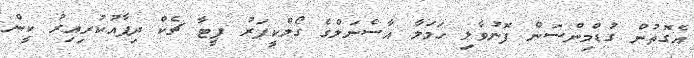
އެގޮތުން ގުޑްމިންސަން ފޮނުވާލި ހަމަލާ އާސެނަލްގެ ގޯލްކީޕަރު ޕީޓާ ޗެކް ދިފާއުކުރިއިރު ކީން